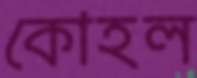
কোহল